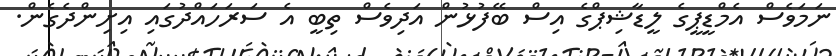
ނަމަވެސް އެމްޑީޕީގެ ލީޑާޝިޕްގެ އިސް ބޭފުޅުން އަދިވެސް ތިބީ އެ ސަރަހައްދުގައި އިށިންދެގެން.